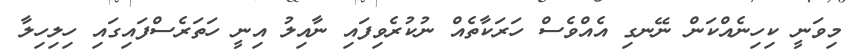
މިވަނީ ކިހިނެއްކަން ނޭނގި އެއްވެސް ހަރަކާތެއް ނުކުރެވިފައި ނާއިލު އިނީ ހަތަރެސްފައިގައި ހިލިހިލާ